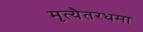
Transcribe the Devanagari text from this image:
मृत्यैतरधमा